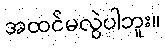
အထင်မလွဲပါဘူး။